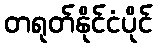
တရုတ်နိုင်ငံပိုင်